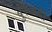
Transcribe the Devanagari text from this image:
बुरुजर्दी